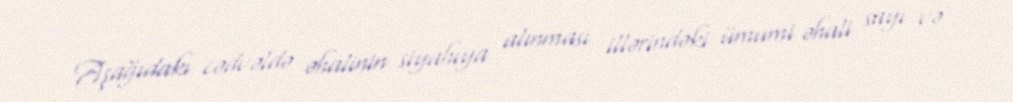
Aşağıdakı cədvəldə əhalinin siyahıya alınması illərindəki ümumi əhali sayı və